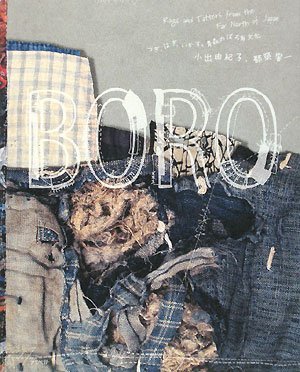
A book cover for Boro - Rags And Tatters From The Far North Of Japan; Various; Arts & Photography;